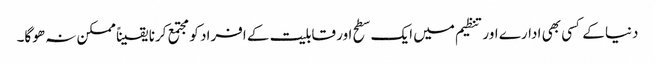
دنیا کے کسی بھی ادارے اور تنظیم میں ایک سطح اور قابلیت کے افراد کو مجتمع کرنا یقیناً ممکن نہ ھوگا۔